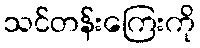
သင်တန်းကြေးကို